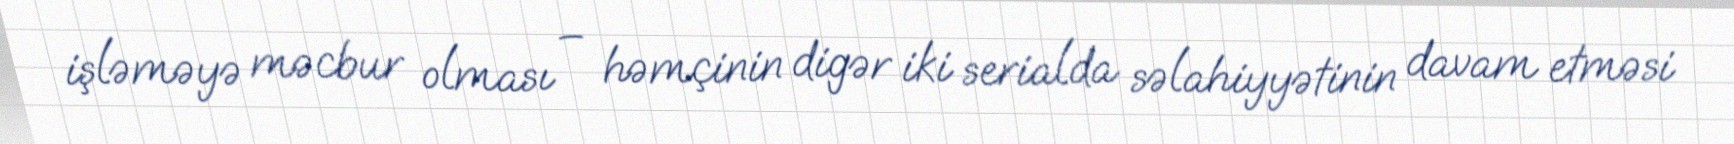
işləməyə məcbur olması – həmçinin digər iki serialda səlahiyyətinin davam etməsi